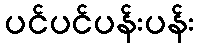
ပင်ပင်ပန်းပန်း